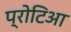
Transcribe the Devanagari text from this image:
प्रोटिआ